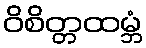
ဝိစိတ္တထမ္ဘံ